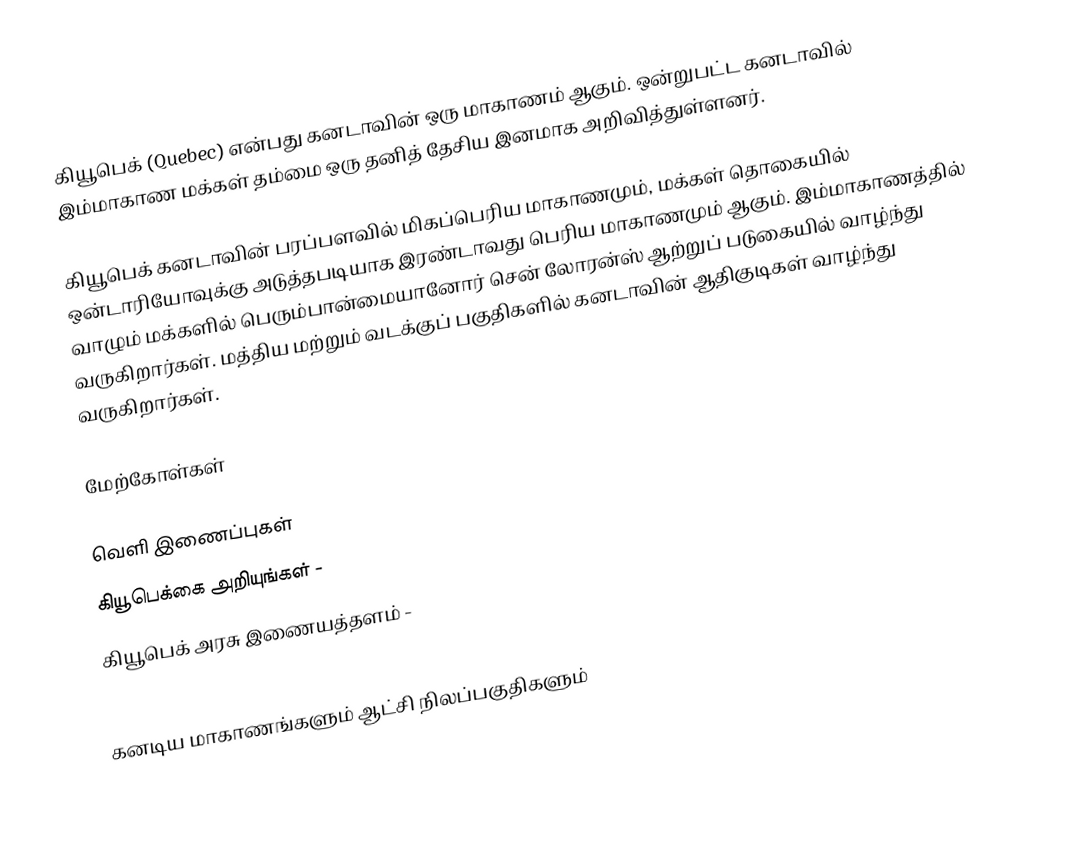
கியூபெக் (Quebec) என்பது கனடாவின் ஒரு மாகாணம் ஆகும். ஒன்றுபட்ட கனடாவில் இம்மாகாண மக்கள் தம்மை ஒரு தனித் தேசிய இனமாக அறிவித்துள்ளனர்.

கியூபெக் கனடாவின் பரப்பளவில் மிகப்பெரிய மாகாணமும், மக்கள் தொகையில் ஒன்டாரியோவுக்கு அடுத்தபடியாக இரண்டாவது பெரிய மாகாணமும் ஆகும். இம்மாகாணத்தில் வாழும் மக்களில் பெரும்பான்மையானோர் சென் லோரன்ஸ் ஆற்றுப் படுகையில் வாழ்ந்து வருகிறார்கள். மத்திய மற்றும் வடக்குப் பகுதிகளில் கனடாவின் ஆதிகுடிகள் வாழ்ந்து வருகிறார்கள்.

மேற்கோள்கள்

வெளி இணைப்புகள்
 கியூபெக்கை அறியுங்கள்  -
 கியூபெக் அரசு இணையத்தளம்  -

கனடிய மாகாணங்களும் ஆட்சி நிலப்பகுதிகளும்